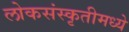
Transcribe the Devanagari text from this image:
लोकसंस्कृतीमध्ये